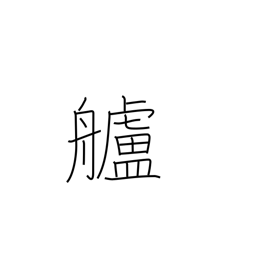
Meaning: stern (of ship)